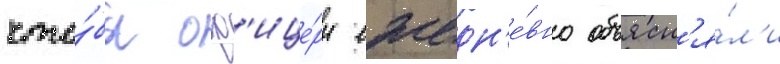
что́бы оф'ице́ры ежедн'е́вно объясн'я́л'и